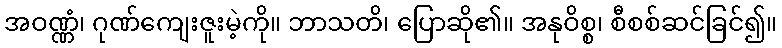
အဝဏ္ဏံ၊ ဂုဏ်ကျေးဇူးမဲ့ကို။ ဘာသတိ၊ ပြောဆို၏။ အနုဝိစ္စ၊ စီစစ်ဆင်ခြင်၍။